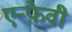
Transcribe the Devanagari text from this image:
एन्फ़ेवी